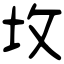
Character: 坆